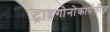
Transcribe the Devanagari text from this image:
ट्राइगोनोकार्पेलीज़